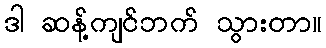
ဒါ ဆန့်ကျင်ဘက် သွားတာ။